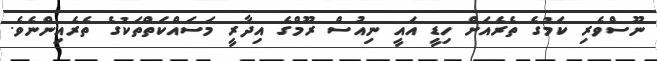
ނޫސްވެރި ކަމުގެ ތެރެއަށް ހިޑީ އައީ ނިއުސް ރޫމްގެ އިދާރީ މަސައްކަތްތަކުގެ ތެރެއިންނެވެ.